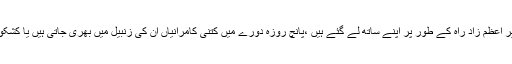
یہ سارے سوالات وزیر اعظم زاد راہ کے طور پر اپنے ساتھ لے گئے ہیں ،پانچ روزہ دورے میں کتنی کامرانیاں ان کی زنبیل میں بھری جاتی ہیں یا کشکول میں ڈالی جاتی ہیں؟